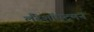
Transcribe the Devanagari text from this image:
लैंडेशॉपट्मन